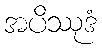
အပိဿုဒံ